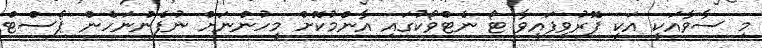
މި ސާވާއަކީ އަކީ ފޮރުވިފައިވާ ޓޯ ނެޓްވޯކުގައި އާންމުކޮށް މީހުންނަށް ނުފެންނަހެން ޕޯސްޓް